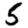
Digit: 5